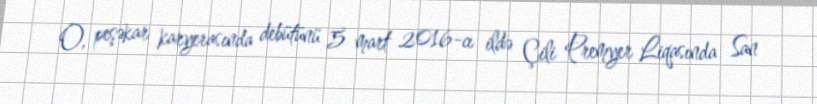
O, peşəkar karyerasında debütünü 5 mart 2016-cı ildə Çili Premyer Liqasında San